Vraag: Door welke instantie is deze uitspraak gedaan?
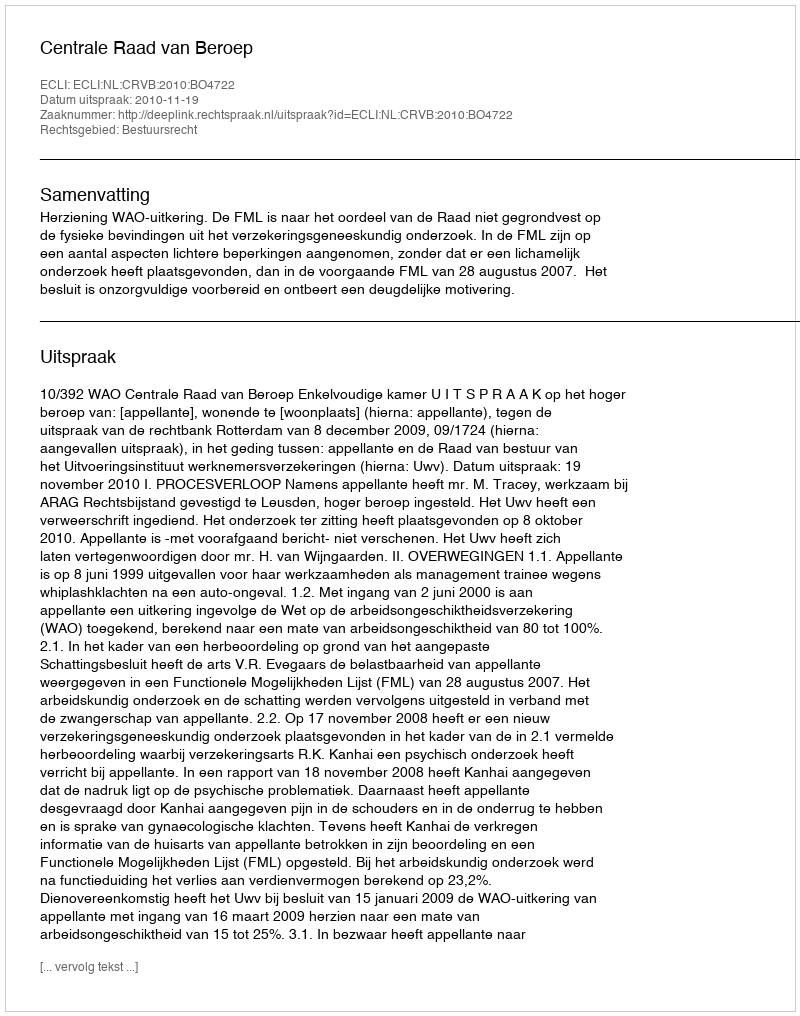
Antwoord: Centrale Raad van Beroep